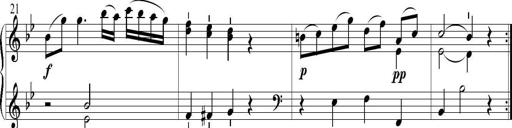
Title: 6 Leichte Sonatinen, Teil 1
Composer: F. Sigismund Sander